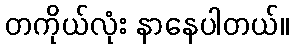
တကိုယ်လုံး နာနေပါတယ်။